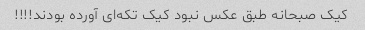
کیک صبحانه طبق عکس نبود کیک تکه‌ای آورده بودند!!!!